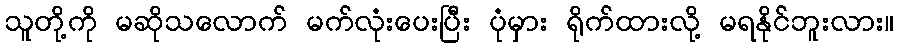
သူတို့ကို မဆိုသလောက် မက်လုံးပေးပြီး ပုံမှား ရိုက်ထားလို့ မရနိုင်ဘူးလား။